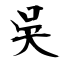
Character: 吳